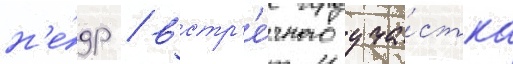
н'е́др / встр'е́чного уча́стка